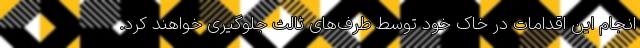
انجام این اقدامات در خاک خود توسط طرف‌های ثالث جلوگیری خواهند کرد.